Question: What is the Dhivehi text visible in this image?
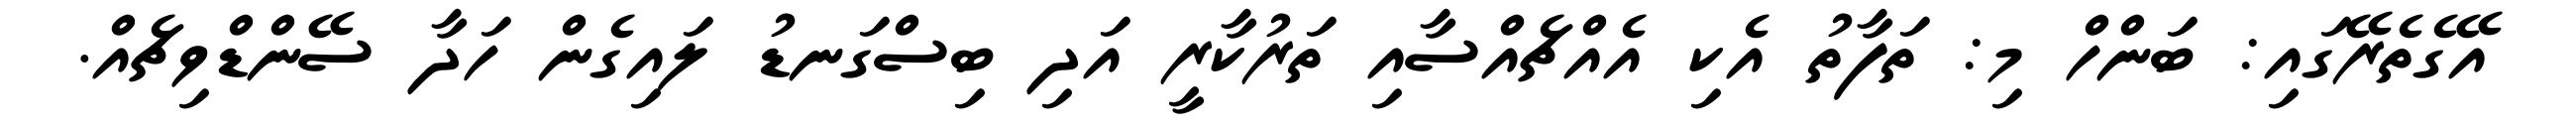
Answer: އޭގެތެރޭގައި: ބަންހް މި: ތަފާތު އެކި އެއްޗެއްސާއި ތަރުކާރީ އަދި ބިސްގަނޑު ލައިގެން ހަދާ ސޭންޑްވިޗެއް.